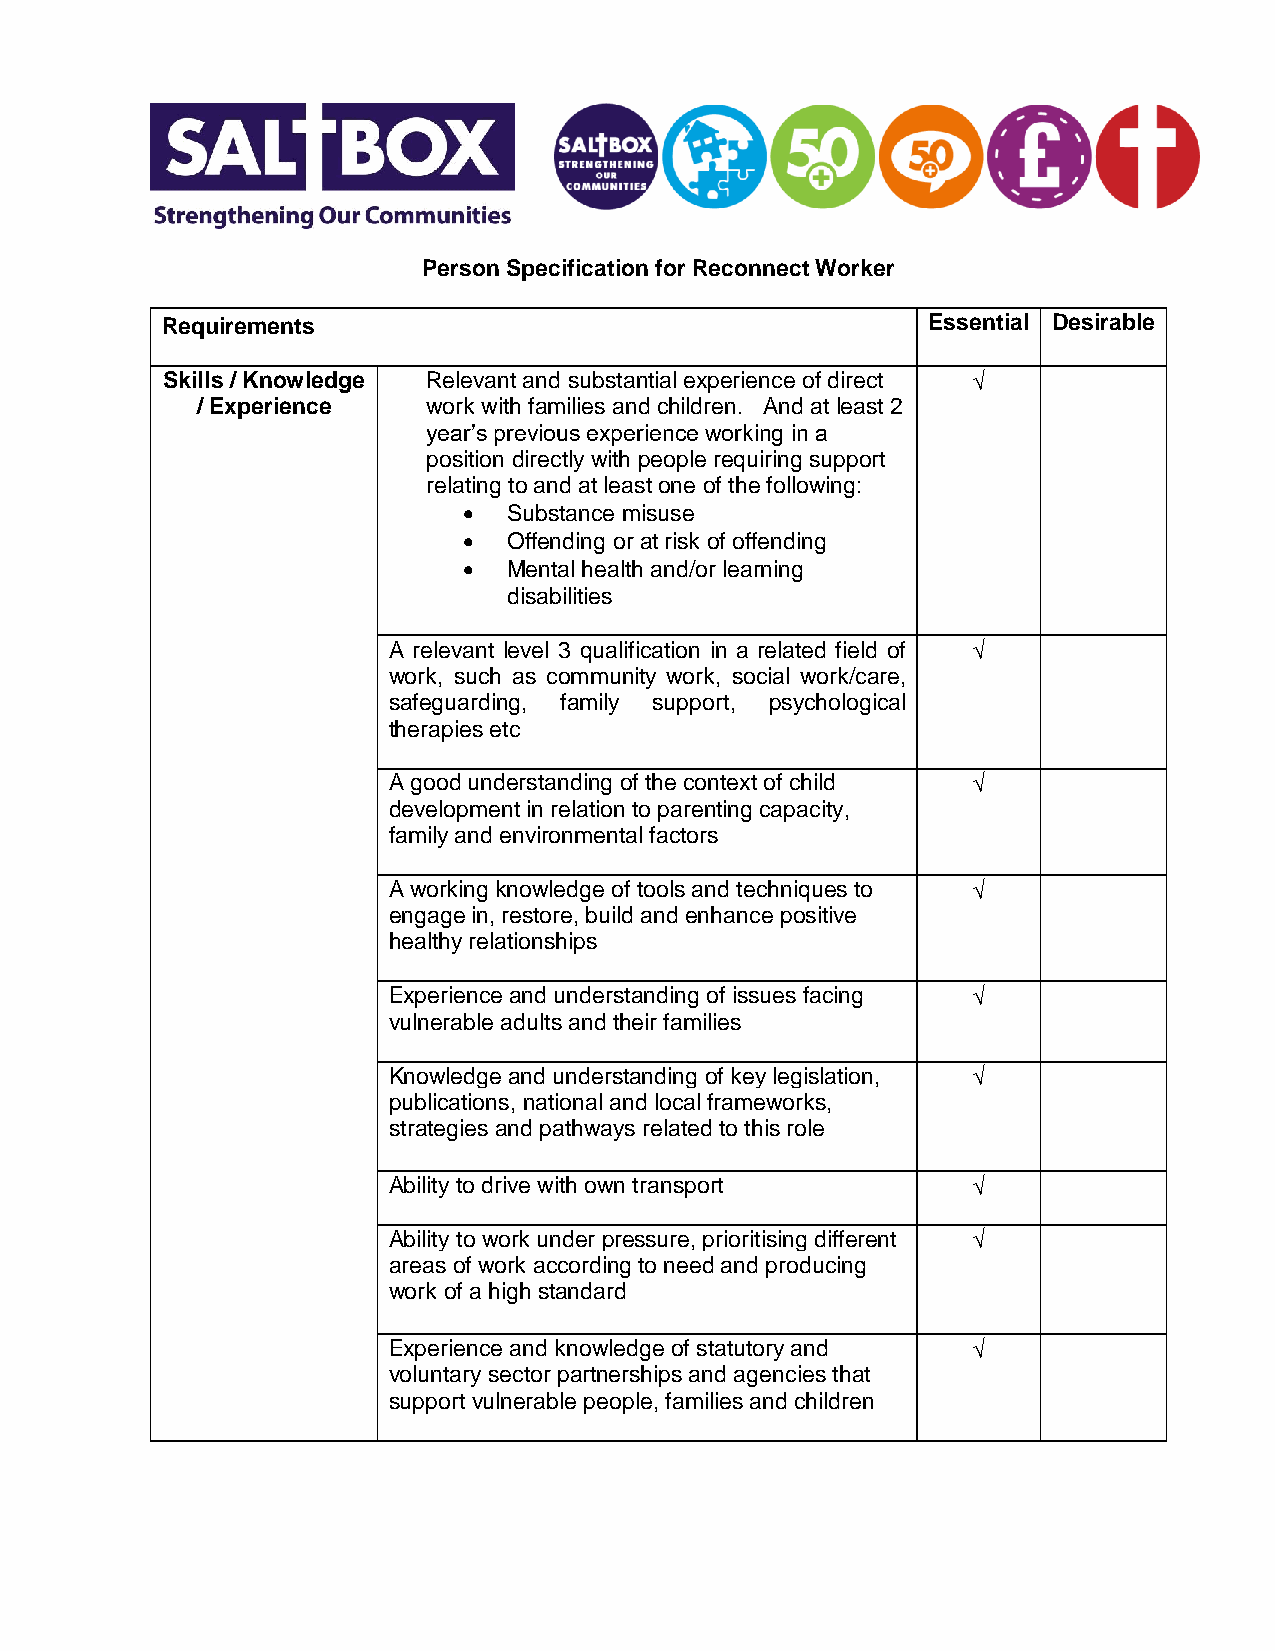
Person Specification for Reconnect Worker
 Requirements                                      Essential Desirable
 Skills / Knowledge Relevant and substantial experience of direct 
 / Experience   work with families and children. And at least 2
 year’s previous experience working in a
 position directly with people requiring support
 relating to and at least one of the following:
   Substance misuse
   Offending or at risk of offending
   Mental health and/or learning
 disabilities
 A relevant level 3 qualification in a related field of 
 work, such as community work, social work/care,
 safeguarding, family support, psychological
 therapies etc
 A good understanding of the context of child 
 development in relation to parenting capacity,
 family and environmental factors
 A working knowledge of tools and techniques to 
 engage in, restore, build and enhance positive
 healthy relationships
 Experience and understanding of issues facing 
 vulnerable adults and their families
   Knowledge and understanding of key legislation, 
 publications, national and local frameworks,
 strategies and pathways related to this role
 Ability to drive with own transport   
   Ability to work under pressure, prioritising different 
 areas of work according to need and producing
 work of a high standard
 Experience and knowledge of statutory and 
 voluntary sector partnerships and agencies that
 support vulnerable people, families and children